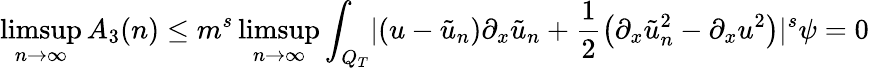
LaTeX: \operatorname*{limsup}_{n\rightarrow\infty}A_{3}(n)\leq m^{s}\operatorname*{limsup}_{n\rightarrow\infty}\int_{Q_{T}}\lvert\left(u-\tilde{u}_{n}\right)\partial_{x}\tilde{u}_{n}+\frac{1}{2}\left(\partial_{x}\tilde{u}_{n}^{2}-\partial_{x}u^{2}\right)\rvert^{s}\psi=0